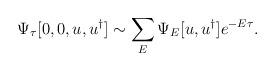
LaTeX: \begin{align*}\Psi _{\tau }[0,0,u,u^{\dagger }]\sim \sum _{E}\Psi _{E}[u,u^{\dagger }]e^{-E\tau }.\end{align*}